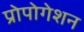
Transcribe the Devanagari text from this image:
प्रोपोगेशन